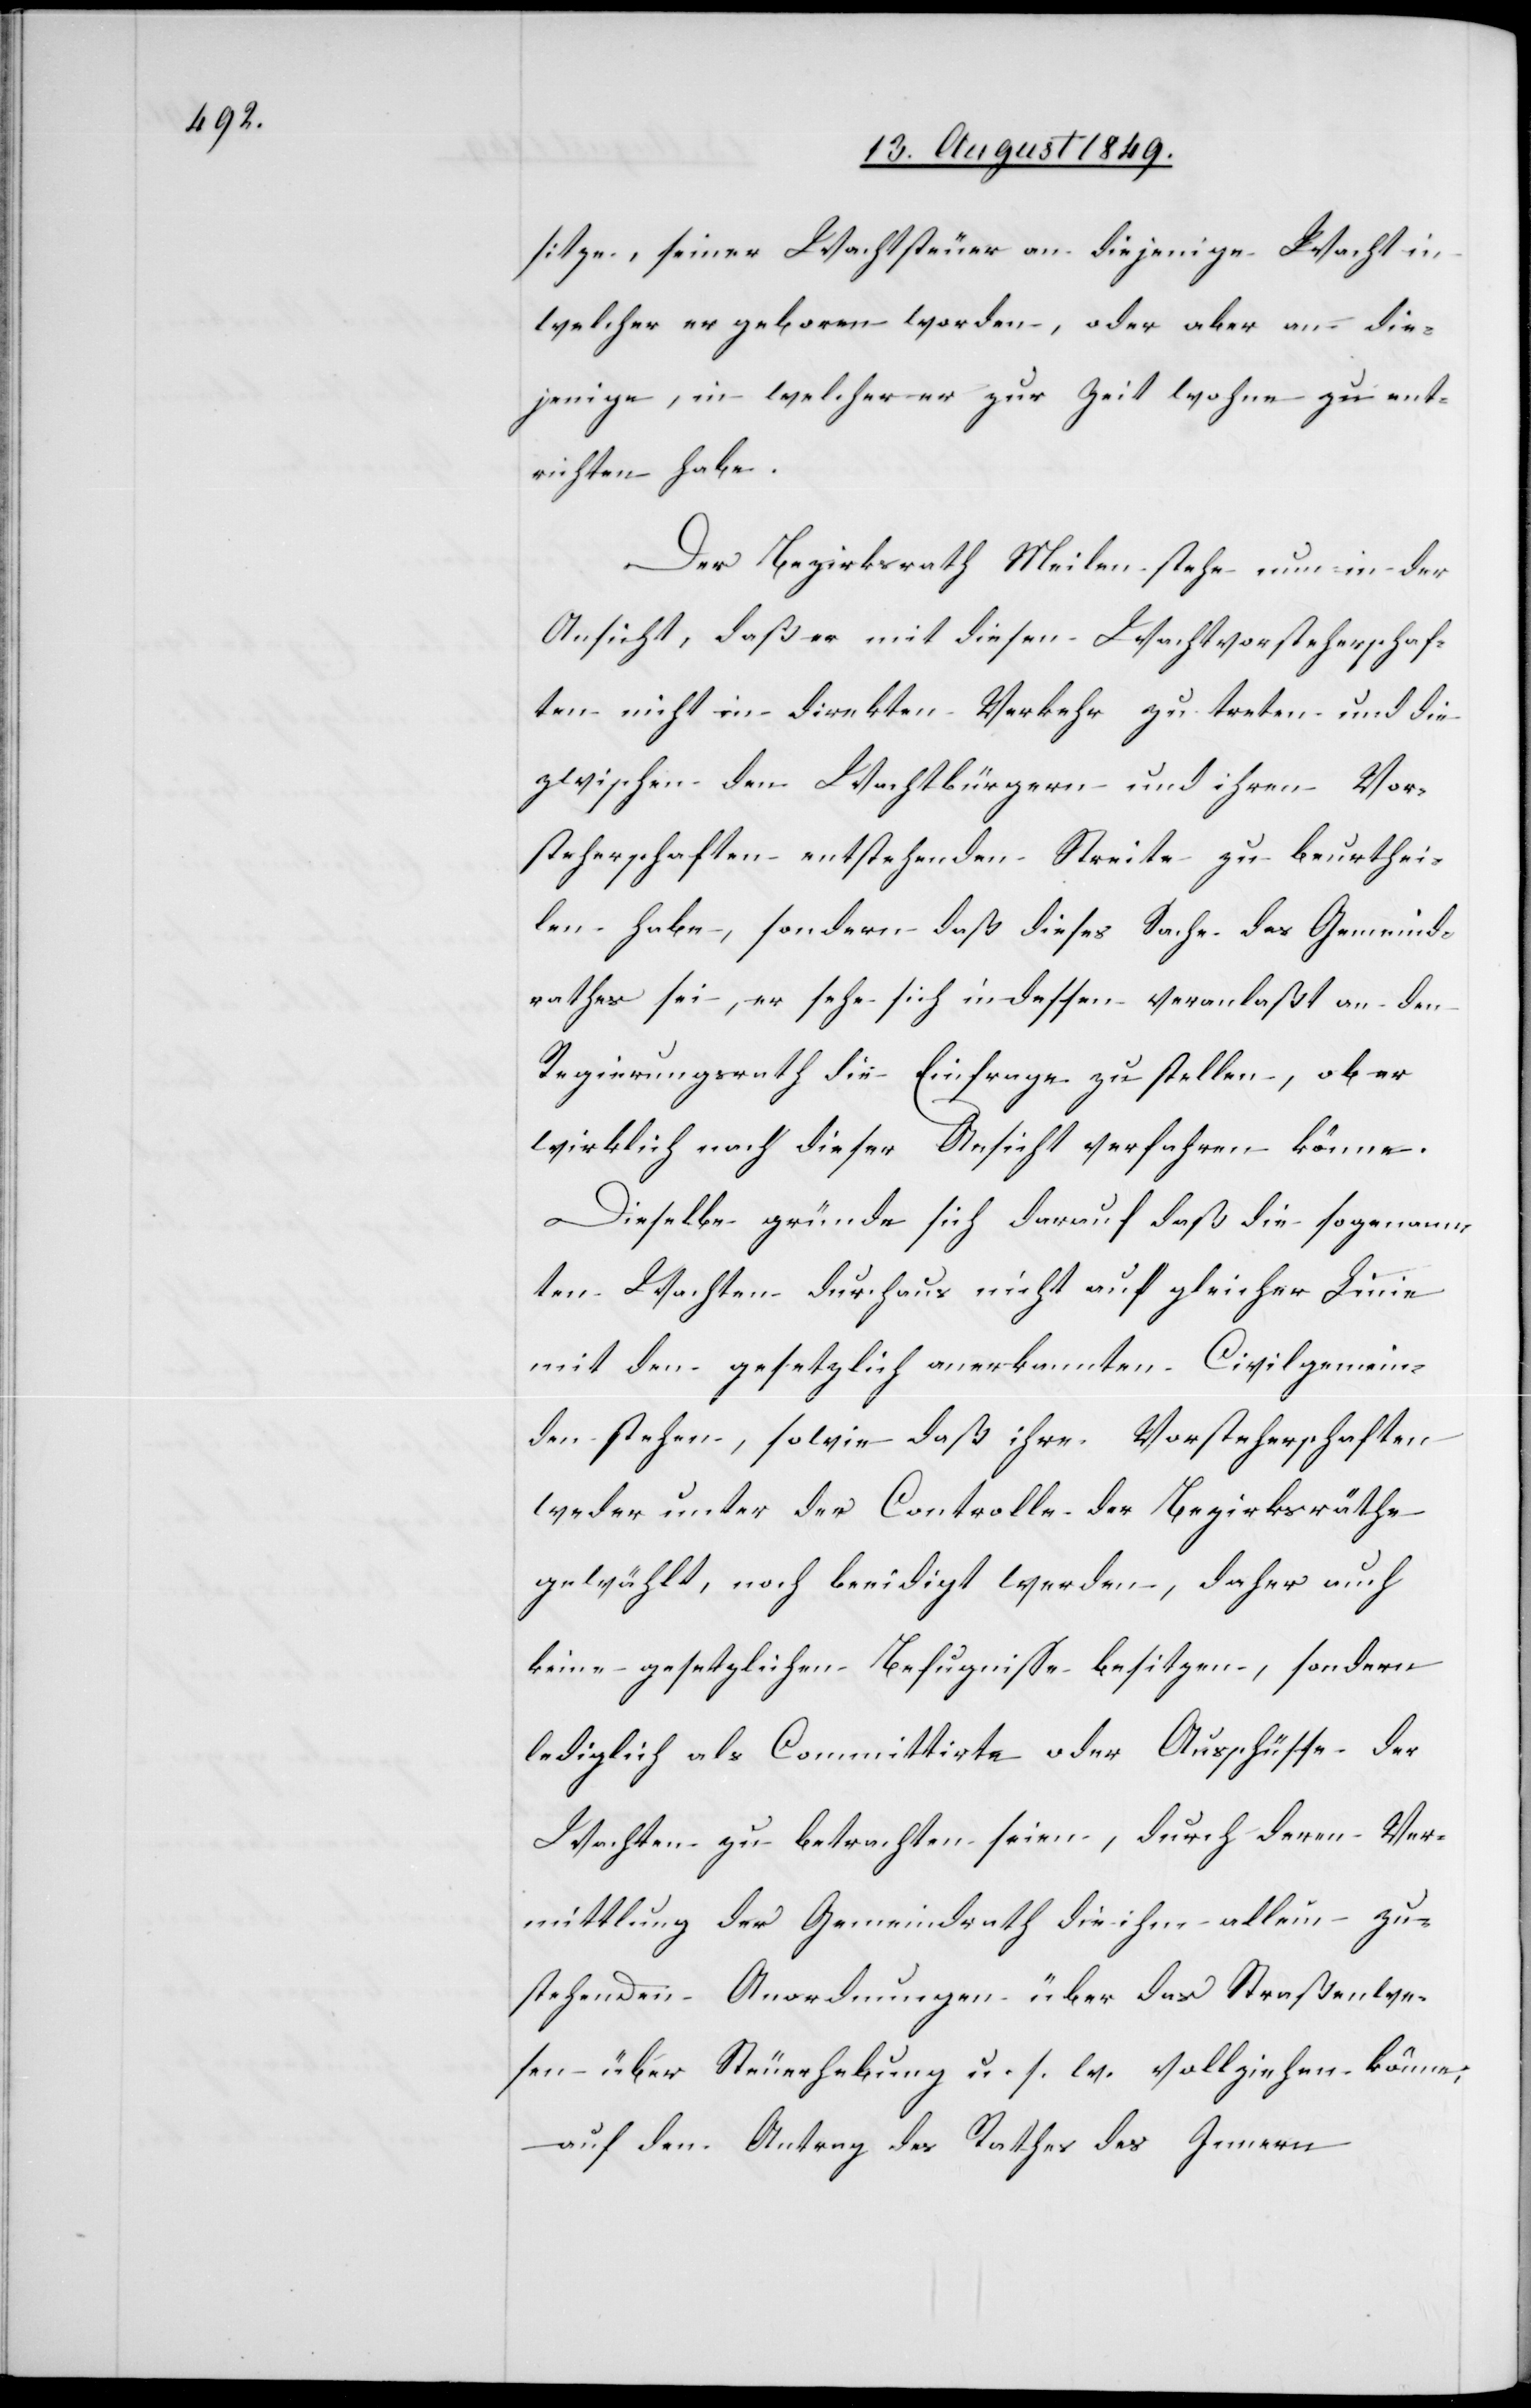
sitze, seiner Wachtsteuer an diejenige Wacht in
welcher er geboren worden, oder aber an die¬
jenige, in welcher er zur Zeit wohne zu ent¬
richten habe.
Der Bezirksrath Meilen stehe nun in der
Ansicht, daß er mit diesen Wachtvorsteherschaf¬
ten nicht in direkten Verkehr zu treten und die
zwischen den Wachtbürgern und ihren Vor¬
steherschaften entstehenden Streite zu beurthei¬
len habe, sondern daß dies Sache des Gemeind¬
rathes sei, er sehe sich indessen veranlaßt an den
Regierungsrath die Einfrage zu stellen, ob er
wirklich nach dieser Ansicht verfahren könne.
Dieselbe gründe sich darauf daß die sogenann¬
ten Wachten durchaus nicht auf gleicher Linie
mit den gesetzlich anerkannten Civilgemein¬
den stehen, sowie daß ihre Vorsteherschaften
weder unter der Controlle der Bezirksräthe
gewählt, noch beeidigt werden, daher auch
keine gesetzlichen Befugnisse besitzen, sondern
lediglich als Committirte oder Ausschüsse der
Wachten zu betrachten seien, durch deren Ver¬
mittlung der Gemeindrath die ihm allein zu¬
stehenden Anordnungen über das Straßenwe¬
sen über Steuerhebung u. s. w. vollziehen könne,
auf dem Antrag des Rathes des Innern